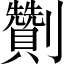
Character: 劗